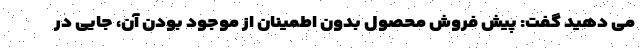
می دهید گفت: پیش فروش محصول بدون اطمینان از موجود بودن آن، جایی در